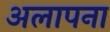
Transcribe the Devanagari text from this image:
अलापना